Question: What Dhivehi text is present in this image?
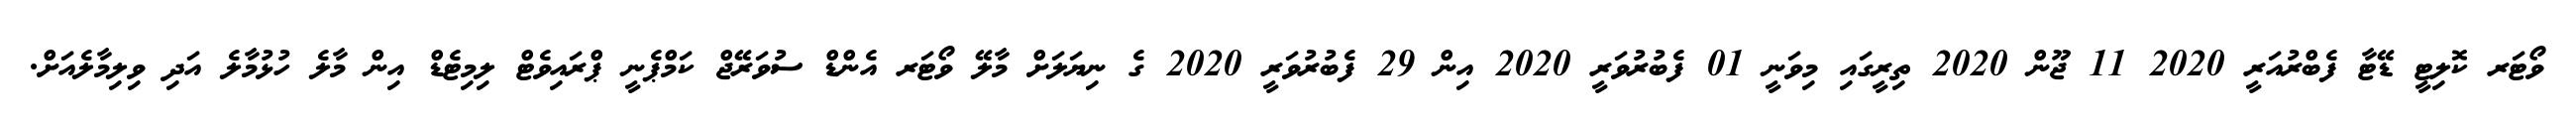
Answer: ވޯޓަރ ކޮލިޓީ ޑޭޓާ ފެބްރުއަރީ 2020 11 ޖޫން 2020 ތިރީގައި މިވަނީ 01 ފެބުރުވަރީ 2020 އިން 29 ފެބުރުވަރީ 2020 ގެ ނިޔަލަށް މާލޭ ވޯޓަރ އެންޑް ސުވަރޭޖް ކަމްޕެނީ ޕްރައިވެޓް ލިމިޓެޑް އިން މާލެ ހުޅުމާލެ އަދި ވިލިމާލެއަށް.